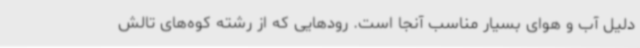
دلیل آب و هوای بسیار مناسب آنجا است. رودهایی که از رشته کوه‌های تالش